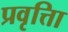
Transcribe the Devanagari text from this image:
प्रवृत्तिा